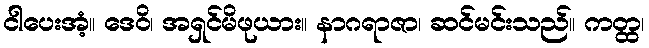
ငါပေးအံ့။ ဒေဝိ၊ အရှင်မိဖုယား။ နာဂရာဇာ၊ ဆင်မင်းသည်။ ကတ္ထ၊